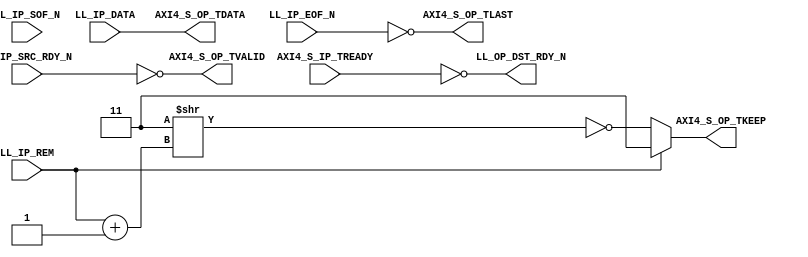
///////////////////////////////////////////////////////////////////////////////
// (c) Copyright 2010 Xilinx, Inc. All rights reserved.
//
// This file contains confidential and proprietary information
// of Xilinx, Inc. and is protected under U.S. and
// international copyright and other intellectual property
// laws.
//
// DISCLAIMER
// This disclaimer is not a license and does not grant any
// rights to the materials distributed herewith. Except as
// otherwise provided in a valid license issued to you by
// Xilinx, and to the maximum extent permitted by applicable
// law: (1) THESE MATERIALS ARE MADE AVAILABLE "AS IS" AND
// WITH ALL FAULTS, AND XILINX HEREBY DISCLAIMS ALL WARRANTIES
// AND CONDITIONS, EXPRESS, IMPLIED, OR STATUTORY, INCLUDING
// BUT NOT LIMITED TO WARRANTIES OF MERCHANTABILITY, NON-
// INFRINGEMENT, OR FITNESS FOR ANY PARTICULAR PURPOSE; and
// (2) Xilinx shall not be liable (whether in contract or tort,
// including negligence, or under any other theory of
// liability) for any loss or damage of any kind or nature
// related to, arising under or in connection with these
// materials, including for any direct, or any indirect,
// special, incidental, or consequential loss or damage
// (including loss of data, profits, goodwill, or any type of
// loss or damage suffered as a result of any action brought
// by a third party) even if such damage or loss was
// reasonably foreseeable or Xilinx had been advised of the
// possibility of the same.
//
// CRITICAL APPLICATIONS
// Xilinx products are not designed or intended to be fail-
// safe, or for use in any application requiring fail-safe
// performance, such as life-support or safety devices or
// systems, Class III medical devices, nuclear facilities,
// applications related to the deployment of airbags, or any
// other applications that could lead to death, personal
// injury, or severe property or environmental damage
// (individually and collectively, "Critical
// Applications"). Customer assumes the sole risk and
// liability of any use of Xilinx products in Critical
// Applications, subject only to applicable laws and
// regulations governing limitations on product liability.
//
// THIS COPYRIGHT NOTICE AND DISCLAIMER MUST BE RETAINED AS
// PART OF THIS FILE AT ALL TIMES.
// 
// 
///////////////////////////////////////////////////////////////////////////////
//
//  LL_TO_AXI
//
//
//  Description: This light wrapper/shim convertes Legacy LocalLink interface
//               signals to AXI-4 Stream protocol signals
//
//
///////////////////////////////////////////////////////////////////////////////

`timescale 1 ns/1 ps
(* core_generation_info = "aurora_8b10b_2,aurora_8b10b_v6_2,{user_interface=AXI_4_Streaming, backchannel_mode=Sidebands, c_aurora_lanes=1, c_column_used=None, c_gt_clock_1=GTPD0, c_gt_clock_2=None, c_gt_loc_1=1, c_gt_loc_10=X, c_gt_loc_11=X, c_gt_loc_12=X, c_gt_loc_13=X, c_gt_loc_14=X, c_gt_loc_15=X, c_gt_loc_16=X, c_gt_loc_17=X, c_gt_loc_18=X, c_gt_loc_19=X, c_gt_loc_2=X, c_gt_loc_20=X, c_gt_loc_21=X, c_gt_loc_22=X, c_gt_loc_23=X, c_gt_loc_24=X, c_gt_loc_25=X, c_gt_loc_26=X, c_gt_loc_27=X, c_gt_loc_28=X, c_gt_loc_29=X, c_gt_loc_3=X, c_gt_loc_30=X, c_gt_loc_31=X, c_gt_loc_32=X, c_gt_loc_33=X, c_gt_loc_34=X, c_gt_loc_35=X, c_gt_loc_36=X, c_gt_loc_37=X, c_gt_loc_38=X, c_gt_loc_39=X, c_gt_loc_4=X, c_gt_loc_40=X, c_gt_loc_41=X, c_gt_loc_42=X, c_gt_loc_43=X, c_gt_loc_44=X, c_gt_loc_45=X, c_gt_loc_46=X, c_gt_loc_47=X, c_gt_loc_48=X, c_gt_loc_5=X, c_gt_loc_6=X, c_gt_loc_7=X, c_gt_loc_8=X, c_gt_loc_9=X, c_lane_width=4, c_line_rate=3.125, c_nfc=false, c_nfc_mode=IMM, c_refclk_frequency=156.25, c_simplex=false, c_simplex_mode=TX, c_stream=true, c_ufc=false, flow_mode=None, interface_mode=Streaming, dataflow_config=Duplex}" *)
module aurora_8b10b_2_LL_TO_AXI #
(
    parameter            DATA_WIDTH         = 16, // DATA bus width
    parameter            STRB_WIDTH         = 2, // STROBE bus width
    parameter            USE_UFC_REM        = 0, // UFC REM bus width identifier 
    parameter            REM_WIDTH          = 1 // REM bus width
    
)
(

    // LocalLink input Interface
    LL_IP_DATA,
    LL_IP_SOF_N,
    LL_IP_EOF_N,
    LL_IP_REM,
    LL_IP_SRC_RDY_N,
    LL_OP_DST_RDY_N,

    // AXI4-S output signals
    AXI4_S_OP_TVALID,
    AXI4_S_OP_TDATA,
    AXI4_S_OP_TKEEP,
    AXI4_S_OP_TLAST,
    AXI4_S_IP_TREADY

);

`define DLY #1

//***********************************Port Declarations*******************************

    // AXI4-Stream TX Interface
    output     [0:(DATA_WIDTH-1)]     AXI4_S_OP_TDATA;
    output     [0:(STRB_WIDTH-1)]     AXI4_S_OP_TKEEP;
    output                            AXI4_S_OP_TVALID;
    output                            AXI4_S_OP_TLAST;
    input                             AXI4_S_IP_TREADY;


    // LocalLink TX Interface
    input      [0:(DATA_WIDTH-1)]     LL_IP_DATA;
    input      [0:(REM_WIDTH-1)]      LL_IP_REM;
    input                             LL_IP_SOF_N;
    input                             LL_IP_EOF_N;
    input                             LL_IP_SRC_RDY_N;
    output                            LL_OP_DST_RDY_N;

//*********************************Main Body of Code**********************************

   
   assign AXI4_S_OP_TDATA  = LL_IP_DATA;
   assign AXI4_S_OP_TVALID = !LL_IP_SRC_RDY_N;
   assign AXI4_S_OP_TLAST  = !LL_IP_EOF_N;

   assign AXI4_S_OP_TKEEP  = (LL_IP_REM == {REM_WIDTH{1'b1}})? ({STRB_WIDTH{1'b1}}) :
                             (~({STRB_WIDTH{1'b1}}>>(LL_IP_REM + 1'b1)));

   assign LL_OP_DST_RDY_N  = !AXI4_S_IP_TREADY;

endmodule